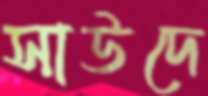
সাউদে